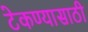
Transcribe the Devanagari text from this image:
टेकण्यासाठी